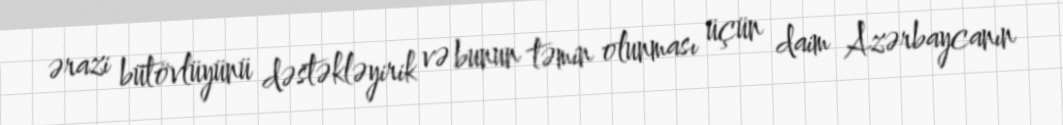
ərazi bütövlüyünü dəstəkləyirik və bunun təmin olunması üçün daim Azərbaycanın